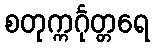
စတုက္ကင်္ဂုတ္တရေ